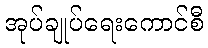
အုပ်ချုပ်ရေးကောင်စီ